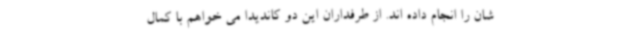
شان را انجام داده اند. از طرفداران این دو کاندیدا می خواهم با کمال